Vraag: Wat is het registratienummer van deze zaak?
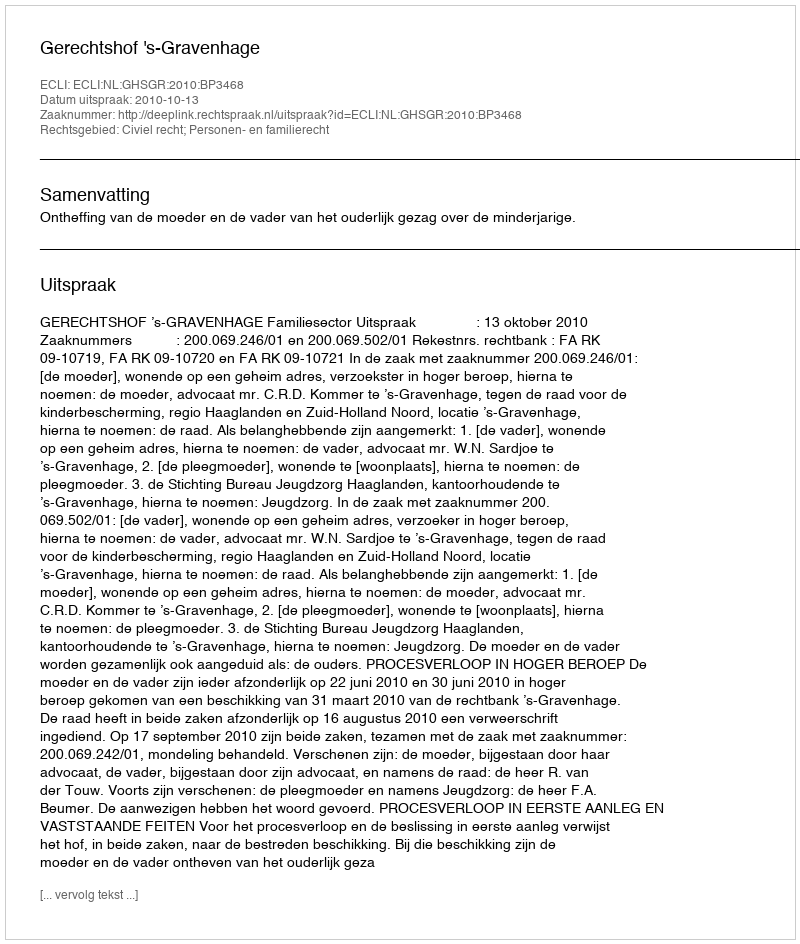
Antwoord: http://deeplink.rechtspraak.nl/uitspraak?id=ECLI:NL:GHSGR:2010:BP3468